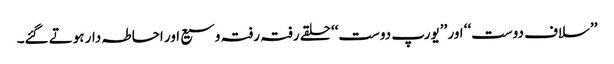
’’سلاف دوست‘‘ اور ’’یورپ دوست‘‘ حلقے رفتہ رفتہ وسیع اور احاطہ دار ہوتے گئے۔